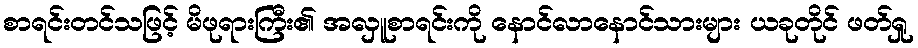
စာရင်းတင်သဖြင့် မိဖုရားကြီး၏ အလှူစာရင်းကို နောင်လာနောင်သားများ ယခုတိုင် ဖတ်ရှု